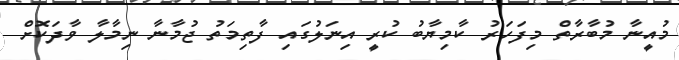
މުއީނާ މުބާރާތް މިފަހަރު ކާމިޔާބު ކުރީ އިނަލުގައި ފާތިމަތު ޖުމާނާ ނިމާލާ ވާދަކޮށް